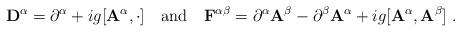
LaTeX: \begin{align*}{\bf D}^\alpha = \partial^\alpha + i g [{\bf A}^\alpha, \cdot ]\quad {\rm {and}} \quad{\bf F}^{\alpha \beta} = \partial^\alpha {\bf A}^\beta - \partial^\beta {\bf A}^\alpha + i g [{\bf A}^\alpha,{\bf A}^\beta ]\;.\end{align*}